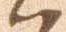
ハ